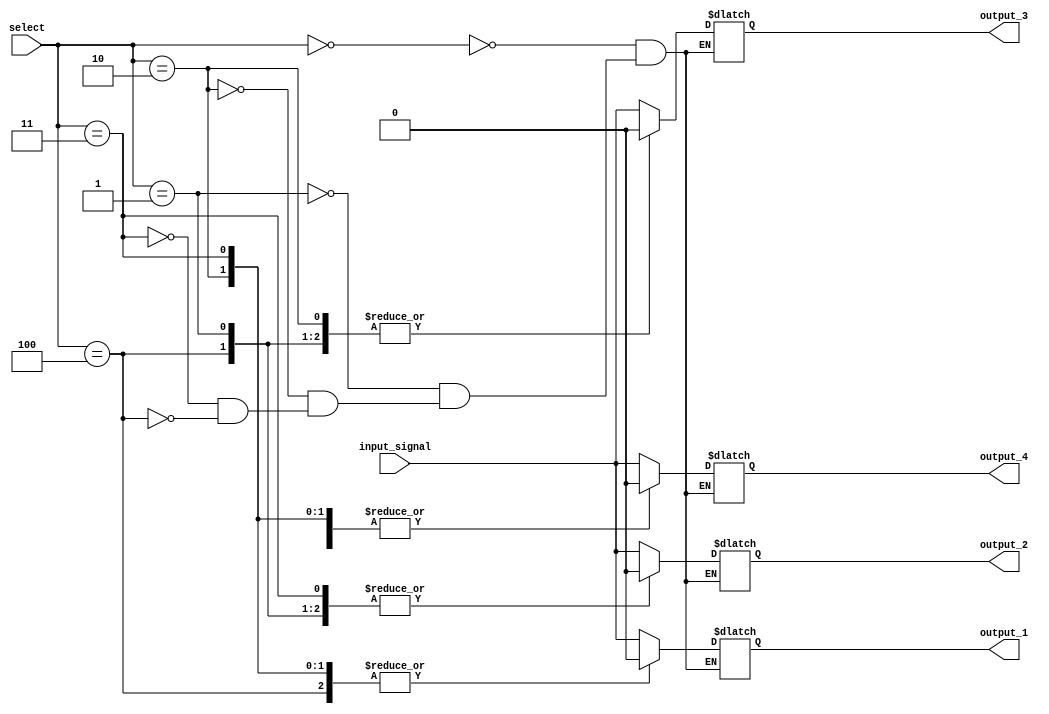
module demux_1to4 (
    input wire input_signal,
    input wire [2:0] select,
    output reg output_1,
    output reg output_2,
    output reg output_3,
    output reg output_4
);

always @ (select)
begin
    case(select)
        3'b000: begin
            output_1 <= input_signal;
            output_2 <= input_signal;
            output_3 <= input_signal;
            output_4 <= input_signal;
        end
        3'b001: begin
            output_1 <= input_signal;
            output_2 <= 0;
            output_3 <= 0;
            output_4 <= 0;
        end
        3'b010: begin
            output_1 <= 0;
            output_2 <= input_signal;
            output_3 <= 0;
            output_4 <= 0;
        end
        3'b011: begin
            output_1 <= 0;
            output_2 <= 0;
            output_3 <= input_signal;
            output_4 <= 0;
        end
        3'b100: begin
            output_1 <= 0;
            output_2 <= 0;
            output_3 <= 0;
            output_4 <= input_signal;
        end
    endcase
end

endmodule